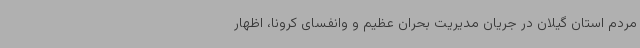
مردم استان گیلان در جریان مدیریت بحران عظیم و وانفسای کرونا، اظهار